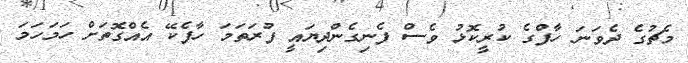
މެޗުގެ ދެވަނަ ހާފްގެ ކުރީކޮޅު ވެސް ފެނިގެންދިޔައީ ފުރަތަމަ ހާފެކޭ އެއްގޮތަށް ހަމަހަމަ